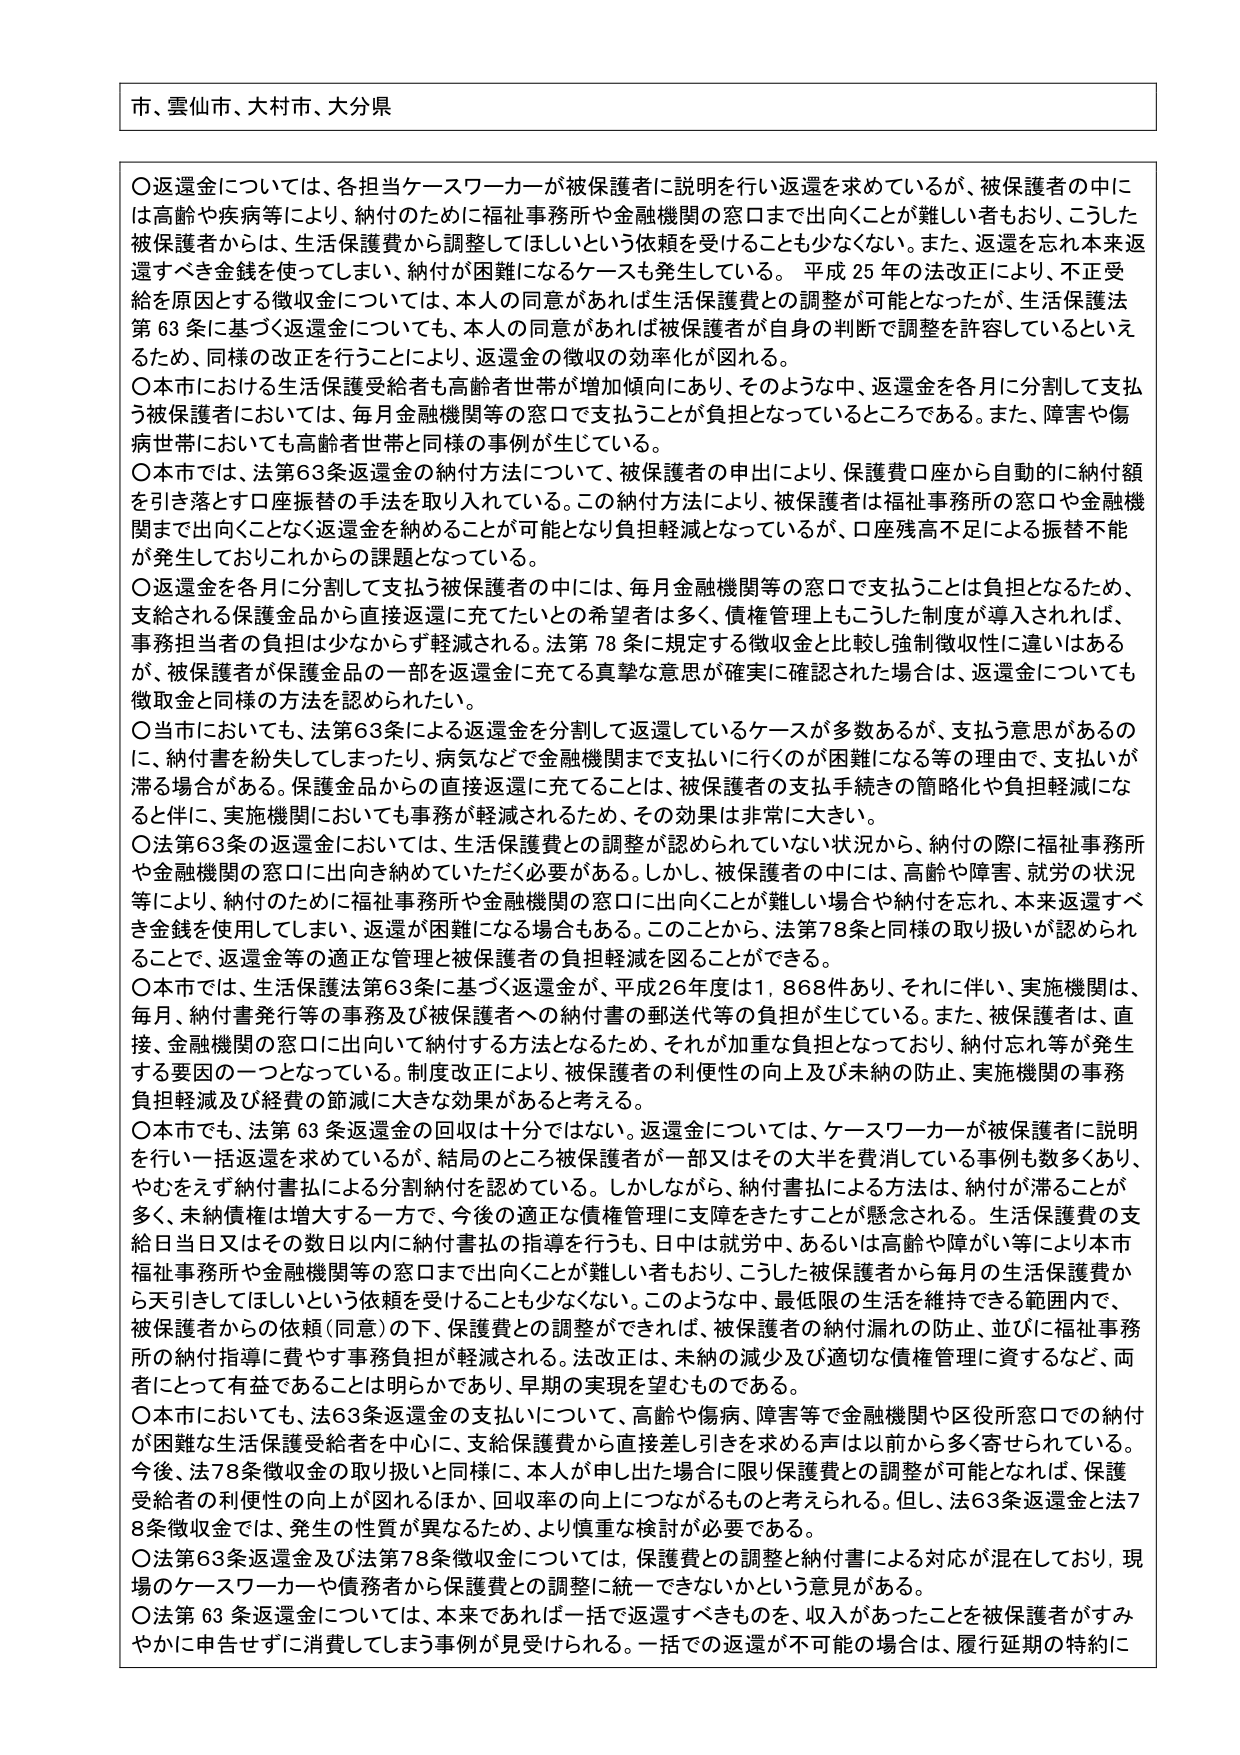
市、雲仙市、大村市、大分県

〇返還金については、各担当ケースワーカーが被保護者に説明を行い返還を求めているが、被保護者の中には高齢や疾病等により、納付のために福祉事務所や金融機関の窓口まで出向くことが難しい者もおり、こうした被保護者からは、生活保護費から調整してほしいという依頼を受けることも少なくない。また、返還を忘れ本来返還すべき金銭を使ってしまい、納付が困難になるケースも発生している。平成25年の法改正により、不正受給を原因とする徴収金については、本人の同意があれば生活保護費との調整が可能となったが、生活保護法第63条に基づく返還金についても、本人の同意があれば被保護者が自身の判断で調整を許容しているといえるため、同様の改正を行うことにより、返還金の徴収の効率化が図れる。

〇本市における生活保護受給者も高齢者世帯が増加傾向にあり、そのような中、返還金を各月に分割して支払う被保護者においては、毎月金融機関等の窓口で支払うことが負担となっているところである。また、障害や傷病世帯においても高齢者世帯と同様の事例が生じている。

〇本市では、法第63条返還金の納付方法について、被保護者の申出により、保護費口座から自動的に納付額を引き落とす口座振替の手法を取り入れている。この納付方法により、被保護者は福祉事務所の窓口や金融機関まで出向くことなく返還金を納めることが可能となり負担軽減となっているが、口座残高不足による振替不能が発生しておりこれからの課題となっている。

〇返還金を各月に分割して支払う被保護者の中には、毎月金融機関等の窓口で支払うことは負担となるため、支給される保護金品から直接返還に充てたいとの希望者は多く、債権管理上もこうした制度が導入されれば、事務担当者の負担は少なからず軽減される。法第78条に規定する徴収金と比較し強制徴収性に違いはあるが、被保護者が保護金品の一部を返還金に充てる真摯な意思が確実に確認された場合は、返還金についても徴収金と同様の方法を認められたい。

〇当市においても、法第63条による返還金を分割して返還しているケースが多数あるが、支払う意思があるのに、納付書を紛失してしまったり、病気などで金融機関まで支払いに行くのが困難になる等の理由で、支払いが滞る場合がある。保護金品からの直接返還に充てることは、被保護者の支払手続きの簡略化や負担軽減になると伴に、実施機関においても事務が軽減されるため、その効果は非常に大きい。

〇法第63条の返還金においては、生活保護費との調整が認められていない状況から、納付の際に福祉事務所や金融機関の窓口に出向き納めていただく必要がある。しかし、被保護者の中には、高齢や障害、就労の状況等により、納付のために福祉事務所や金融機関の窓口に出向くことが難しい場合や納付を忘れ、本来返還すべき金銭を使用してしまい、返還が困難になる場合もある。このことから、法第78条と同様の取り扱いが認められることで、返還金等の適正な管理と被保護者の負担軽減を図ることができる。

〇本市では、生活保護法第63条に基づく返還金が、平成26年度は1,868件あり、それに伴い、実施機関は、毎月、納付書発行等の事務及び被保護者への納付書の郵送代等の負担が生じている。また、被保護者は、直接、金融機関の窓口に出向いて納付する方法となるため、それが加重な負担となっており、納付忘れ等が発生する要因の一つとなっている。制度改正により、被保護者の利便性の向上及び未納の防止、実施機関の事務負担軽減及び経費の節減に大きな効果があると考える。

〇本市でも、法第63条返還金の回収は十分ではない。返還金については、ケースワーカーが被保護者に説明を行い一括返還を求めているが、結局のところ被保護者が一部又はその大半を費消している事例も数多くあり、やむをえず納付書払による分割納付を認めている。しかしながら、納付書払による方法は、納付が滞ることが多く、未納債権は増大する一方で、今後の適正な債権管理に支障をきたすことが懸念される。生活保護費の支給日当日又はその数日以内に納付書払の指導を行うも、日中は就労中、あるいは高齢や障がい等により福祉事務所や金融機関等の窓口まで出向くことが難しい者もおり、こうした被保護者から毎月の生活保護費から天引きしてほしいという依頼を受けることも少なくない。このような中、最低限の生活を維持できる範囲内で、被保護者からの依頼（同意）の下、保護費との調整ができれば、被保護者の納付漏れの防止、並びに福祉事務所の納付指導に費やす事務負担が軽減される。法改正は、未納の減少及び適切な債権管理に資するなど、両者にとって有益であることは明らかであり、早期の実現を望むものである。

〇本市においても、法63条返還金の支払いについて、高齢や傷病、障害等で金融機関や区役所窓口での納付が困難な生活保護受給者を中心に、支給保護費から直接差し引きを求める声は以前から多く寄せられている。今後、法78条徴収金の取り扱いと同様に、本人が申し出た場合に限り保護費との調整が可能となれば、保護受給者の利便性の向上が図れるほか、回収率の向上につながるものと考えられる。但し、法63条返還金と法78条徴収金では、発生の性質が異なるため、より慎重な検討が必要である。

〇法第63条返還金及び法第78条徴収金については、保護費との調整と納付書による対応が混在しており、現場のケースワーカーや債務者から保護費との調整に統一できないかという意見がある。

〇法第63条返還金については、本来であれば一括で返還すべきものを、収入があったことを被保護者がすみやかに申告せずに消費してしまう事例が見受けられる。一括での返還が不可能の場合は、履行延期の特約に